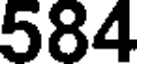
584